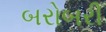
બરોબરી